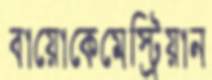
বায়োকেমেস্ট্রিয়ান